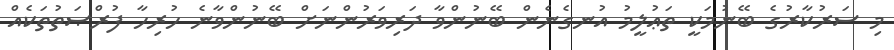
މި ސަރުކާރުގެ ބޭނުމަކީ ތަޢުލީމު އުނގެނެން ބޭނުންވާ ދަރިވަރުންނަށް ބޭނުންވާނެ ހުރިހާ ފުރްޞަތުތަކެއް